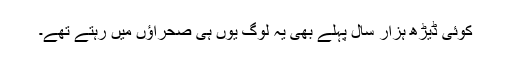
کوئی ڈیڑھ ہزار سال پہلے بھی یہ لوگ یوں ہی صحراؤں میں رہتے تھے۔